NAE_kihelkonnakohtute_kirjad_ja_protokollid_1869-1889, lk 5
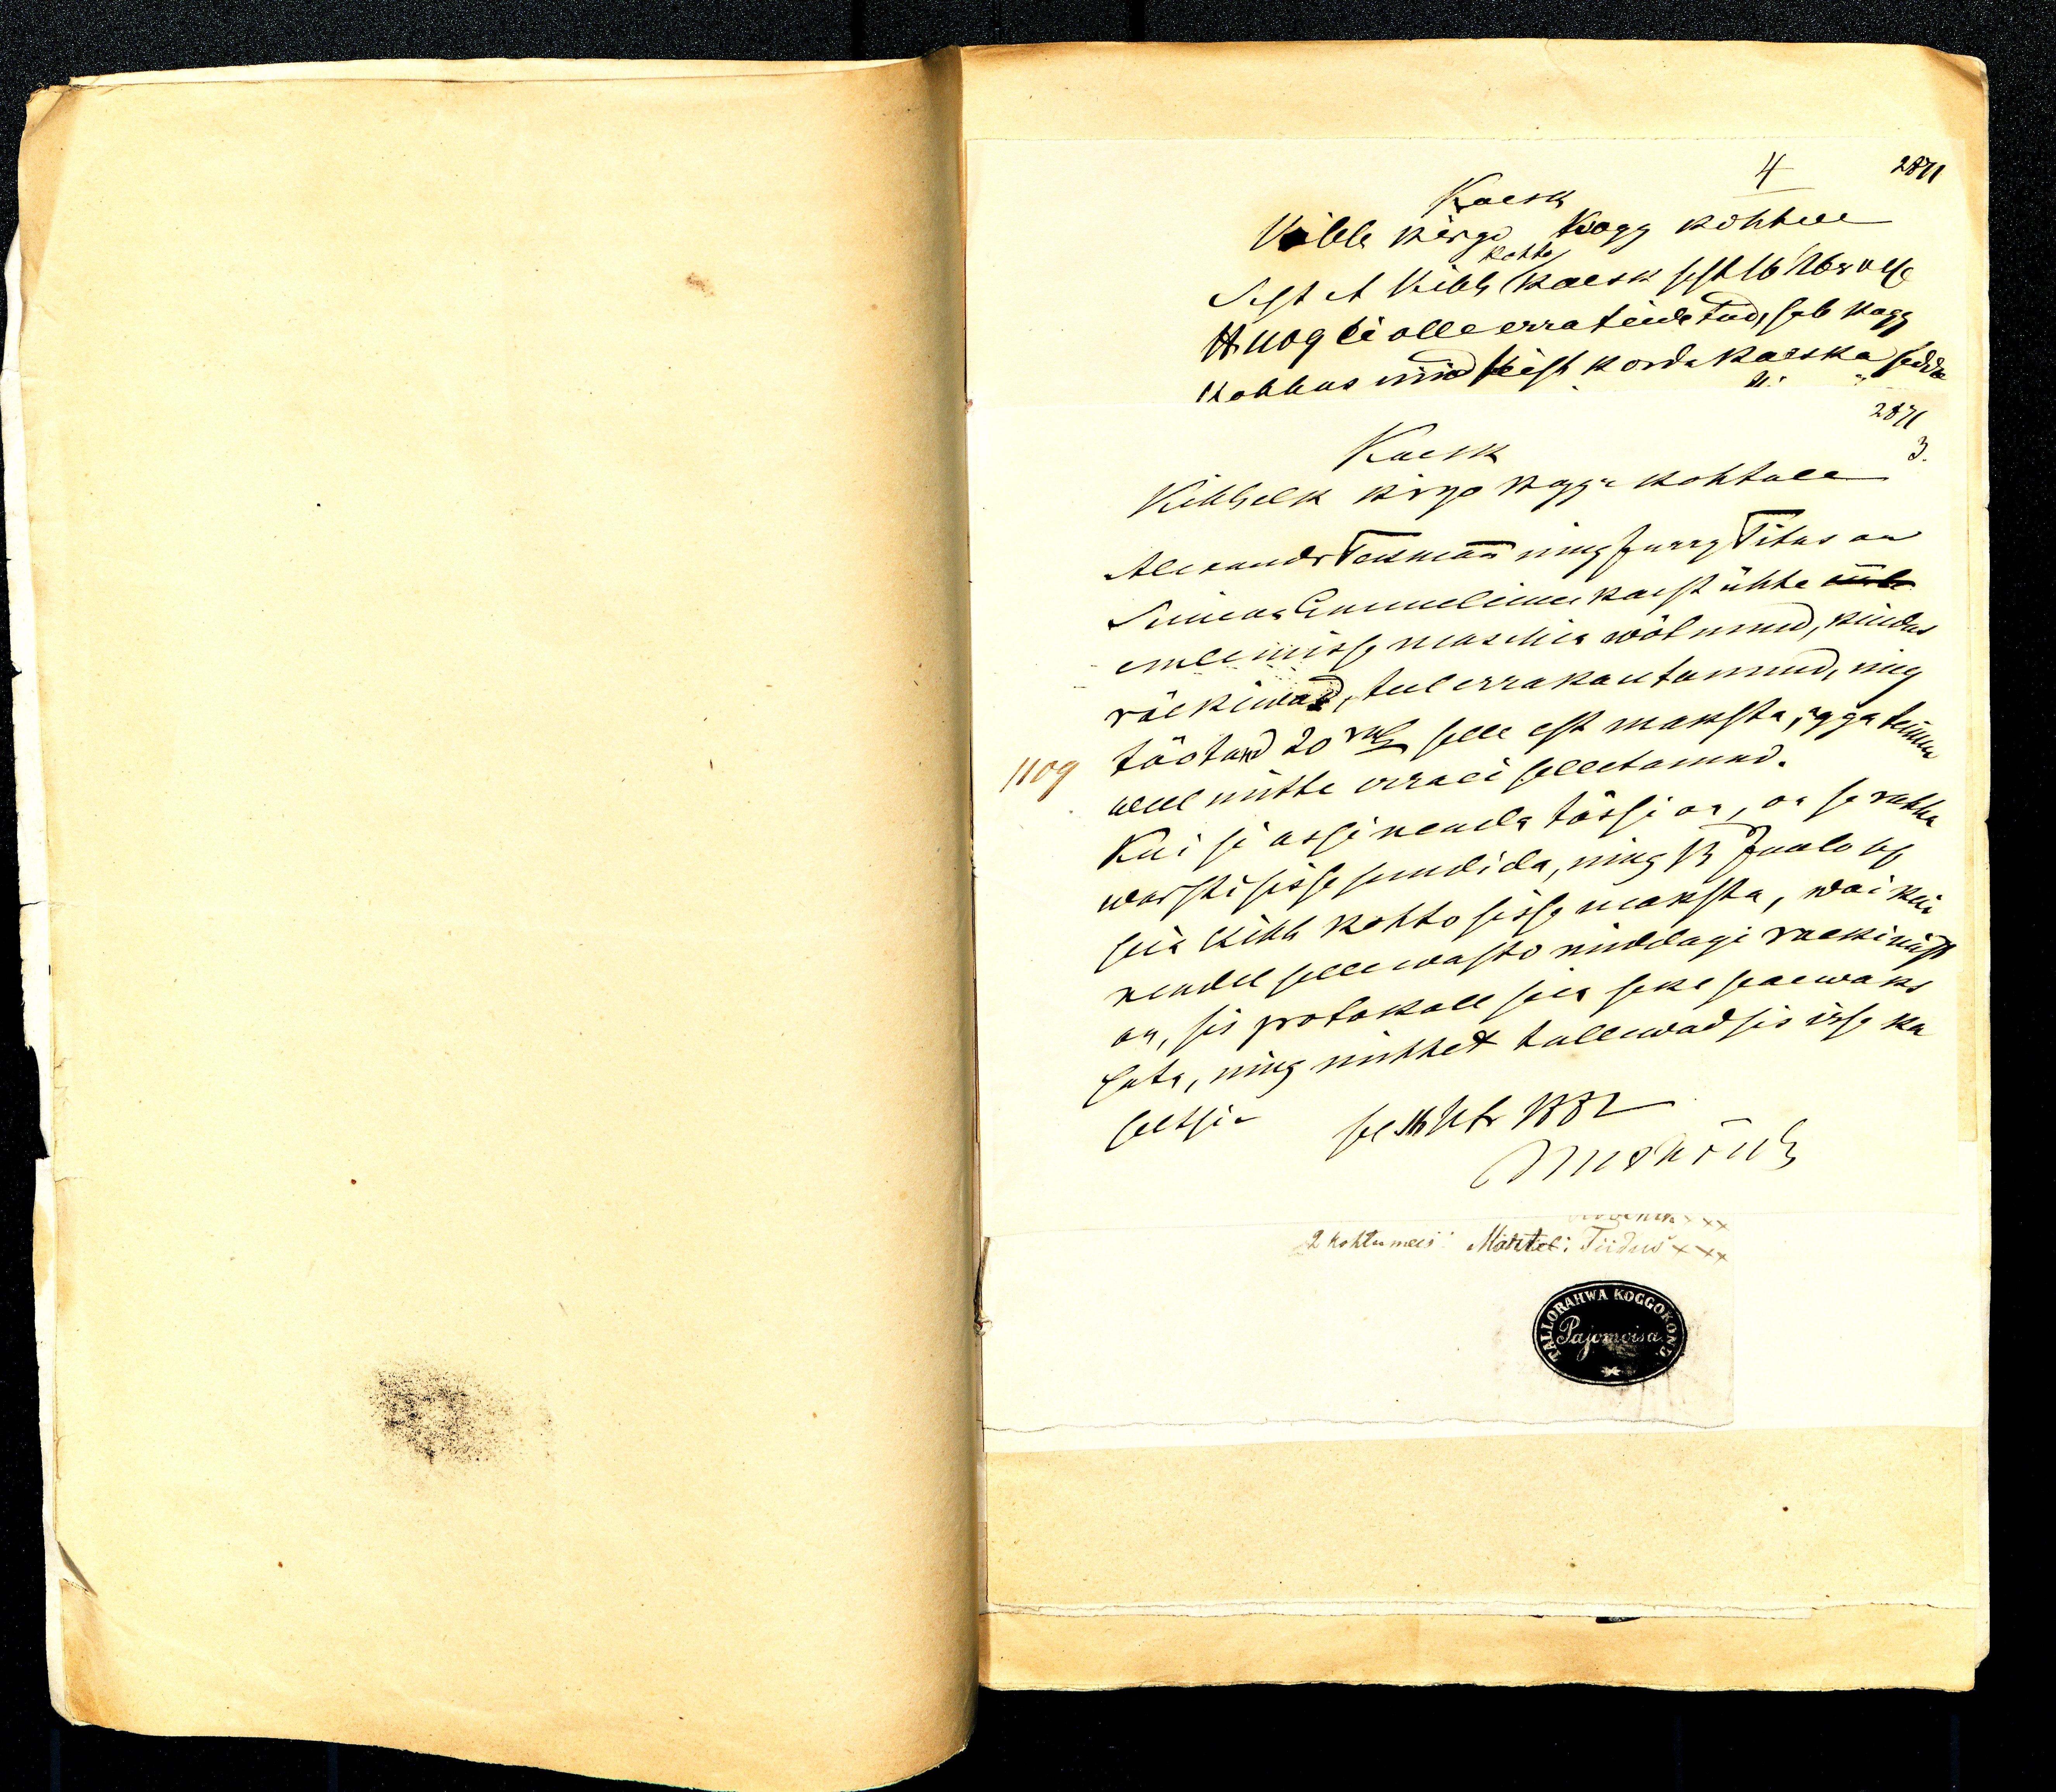
Kaesk 
Kihhelk kirjottaja kohtule
Alexander Toltmann ning Jurry Titus on 
Simon Haemeleine kaest ühhe õmb
omblemisse maschin wõtnud, kuidas 
räekiwad, teel errakautannud, ning 
tõotand 20 rbl selle est maksta, agga temma 
weel mitte ara ei selletanud. 
Kui se asi nenda tõssi on, on se rahha 
uuesthi sisse sundida, ning 13 Juulo kp 
siis kihh kohto sisse maksta, wai kui 
kindel selle wasto midagi raekimist 
on, sis protokoll seks paewaks 
teha, ning mehhed tullewad sis isse ka
seltsis